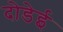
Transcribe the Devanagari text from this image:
दोडेई